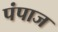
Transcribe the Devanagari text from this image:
पंपाज